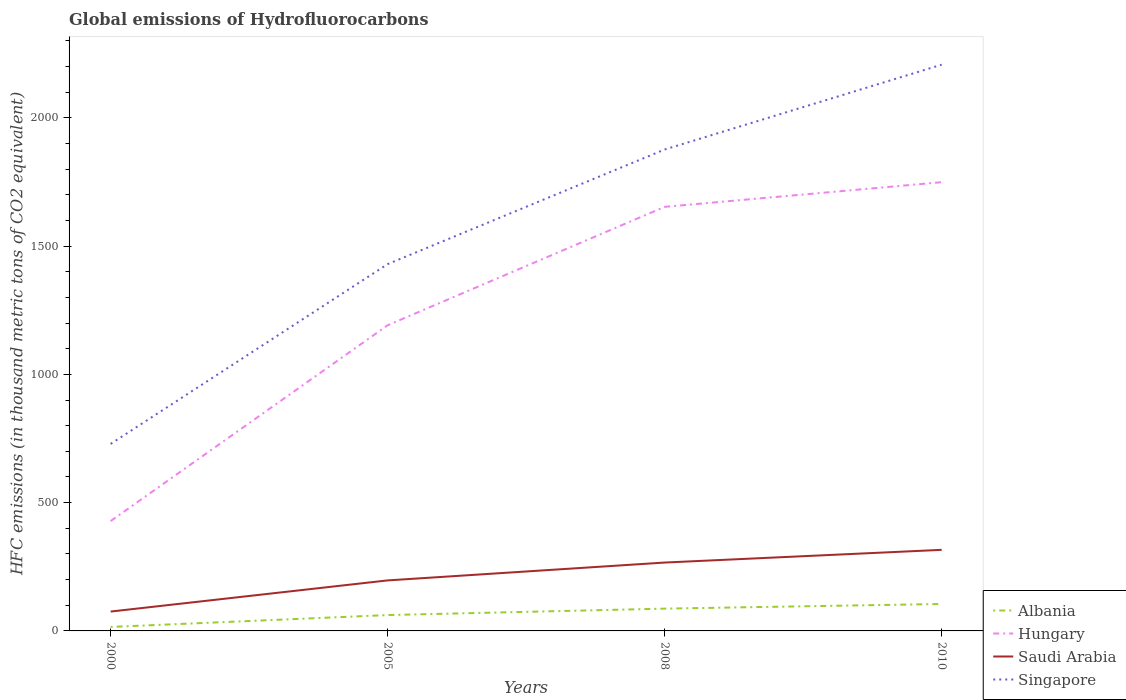
| Years | Albania | Hungary | Saudi Arabia | Singapore |
 | --- | --- | --- | --- | --- |
 | 2000 | 15.5 | 428 | 75.5 | 729 |
 | 2005 | 61.8 | 1.19e+03 | 197 | 1.43e+03 |
 | 2008 | 86.9 | 1.65e+03 | 266 | 1.88e+03 |
 | 2010 | 105 | 1.75e+03 | 316 | 2.21e+03 |